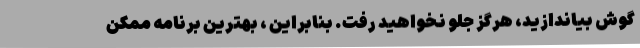
گوش بیاندازید، هرگز جلو نخواهید رفت. بنابراین ، بهترین برنامه ممکن